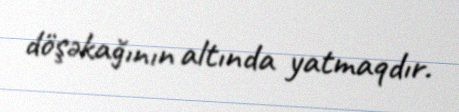
döşəkağının altında yatmaqdır.